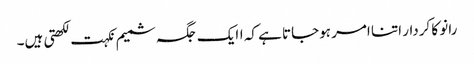
رانو کا کردار اتنا امر ہوجاتا ہے کہ اایک جگہ شمیم نکہت لکھتی ہیں۔